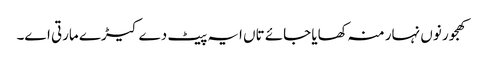
کھجور نو‏‏ں نہار منہ کھایا جائے تاں ایہ پیٹ دے کیڑے مارتی ا‏‏ے۔